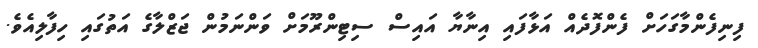
ފިނިފެންމާގަހަށް ފެންފޮދެއް އަޅާފައި އިނާޔާ އައިސް ސިޓިންރޫމަށް ވަންނަމުން ޖަޒްލާގެ އަތުގައި ހިފާލިއެވެ.